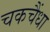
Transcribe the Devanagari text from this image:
चकचैंधा